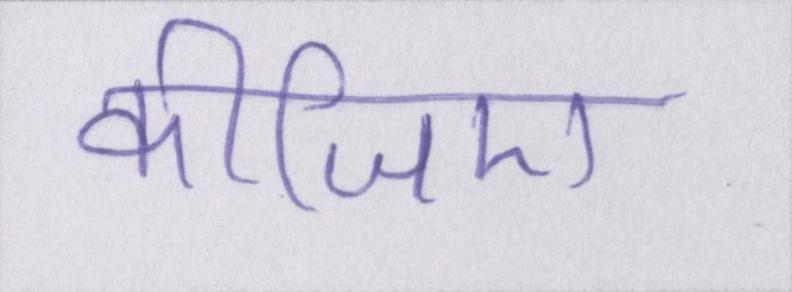
कीजिए